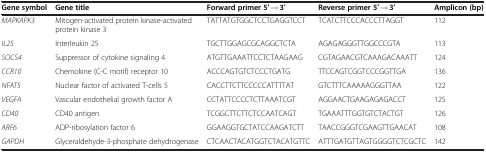
| Gene symbol | Gene title | Forward primer 5′ → 3′ | Reverse primer 5′ → 3′ | Amplicon (bp) |
 | --- | --- | --- | --- | --- |
 | MAPKAPK3 | Mitogen-activated protein kinase-activated protein kinase 3 | TATTATGTGGCTCCTGAGGTCCT | TCATCTTCCCACCCTTAGGT | 112 |
 | IL25 | Interleukin 25 | TGCTTGGAGCGCAGGCTCTA | AGAGAGGGTTGGCCCGTA | 113 |
 | SOCS4 | Suppressor of cytokine signaling 4 | ATGTTGAAATTCCTCTAAGAAG | CGTAGAACGTCAAAGACAAATT | 124 |
 | CCR10 | Chemokine (C-C motif) receptor 10 | ACCCAGTGTCTCCCTGATG | TTCCAGTCGGTCCCGGTTGA | 136 |
 | NFAT5 | Nuclear factor of activated T-cells 5 | CACCTTCTTCCCCCATTTTAT | GTCTTTCAAAAAGGGTTAA | 122 |
 | VEGFA | Vascular endothelial growth factor A | CCTATTCCCCTCTTAAATCGT | AGGAACTGAAGAGAGACCT | 125 |
 | CD40 | CD40 antigen | TCGGCTTCTTCTCCAATCAGT | TGAAATTTGGTGTCTACTGT | 126 |
 | ARF6 | ADP-ribosylation factor 6 | GGAAGGTGCTATCCAAGATCTT | TAACCGGGTCGAAGTTGAACAT | 108 |
 | GAPDH | Glyceraldehyde-3-phosphate dehydrogenase | CTCAACTACATGGTCTACATGTTC | ATTTGATGTTAGTGGGGTCTCGCTC | 142 |